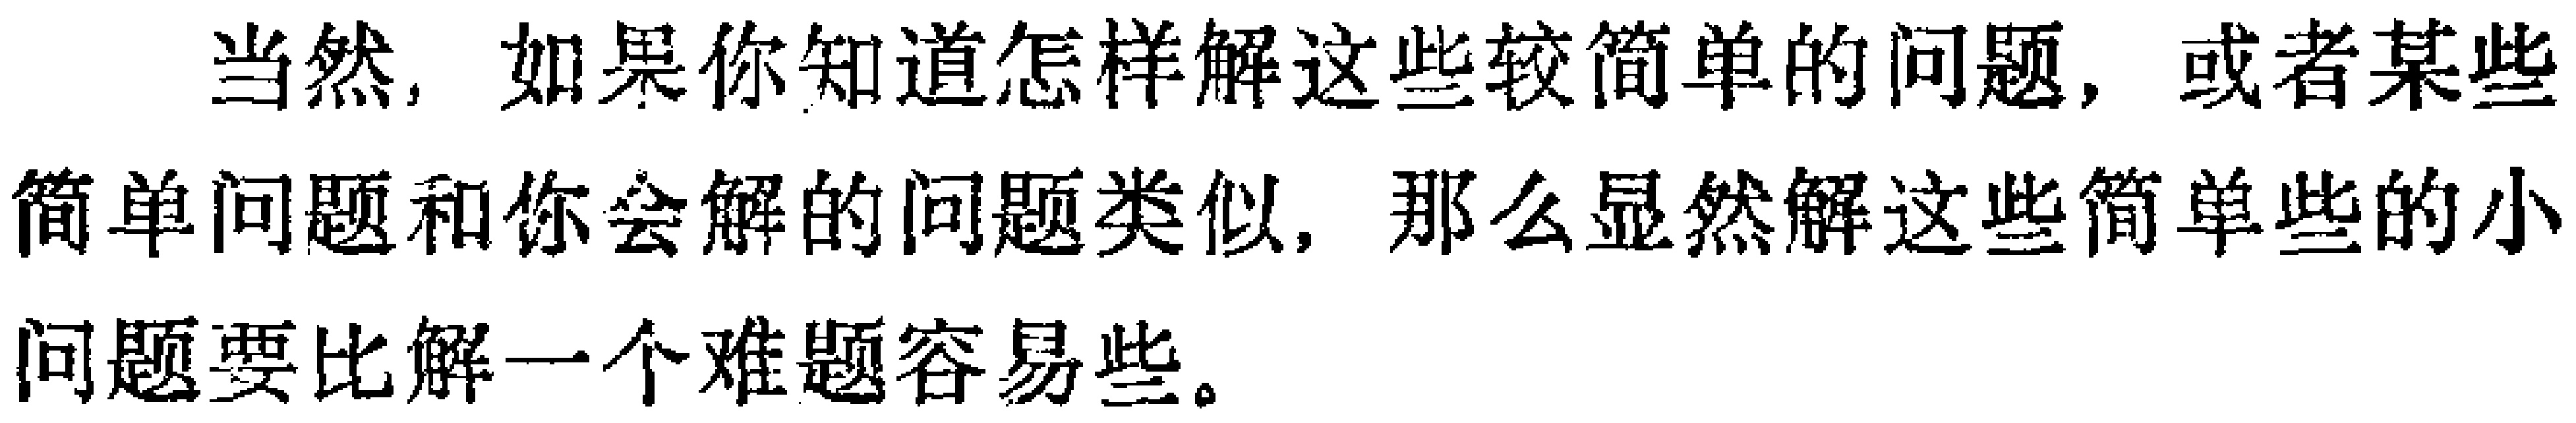
当然，如果 你知道怎样解这些较简单的问题，或者某些简单问题和你会解的问题类似，那么显然解这些简单些的小问题要比解一个难题容易些。